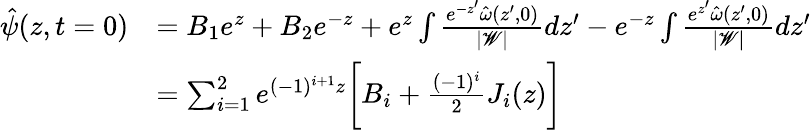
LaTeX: \begin{array}{rl}{\hat{\psi}(z,t=0)}&{=B_{1}e^{z}+B_{2}e^{-z}+e^{z}\int\frac{e^{-z^{\prime}}\hat{\omega}(z^{\prime},0)}{|\mathscr{W}|}dz^{\prime}-e^{-z}\int\frac{e^{z^{\prime}}\hat{\omega}(z^{\prime},0)}{|\mathscr{W}|}dz^{\prime}}\\ &{=\sum_{i=1}^{2}e^{(-1)^{i+1}z}\bigg[B_{i}+\frac{(-1)^{i}}{2}J_{i}(z)\bigg]}\end{array}